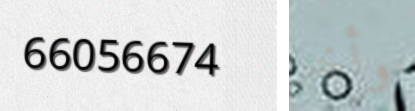
66056674 وأخر